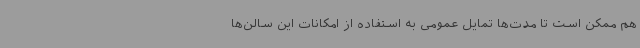
هم ممکن است تا مدت‌ها تمایل عمومی به استفاده از امکانات این سالن‌ها